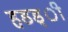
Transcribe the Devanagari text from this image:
हडड्ी